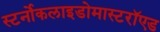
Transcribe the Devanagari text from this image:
स्टर्नोकलाइडोमास्टरॉएड